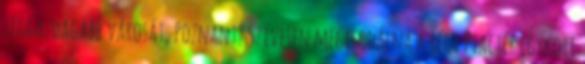
leggazdagabb városát, Poznant? Szívesen megcsodálná a régi Piactér egykori